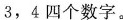
3，4四个数字。